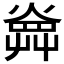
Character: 𤍚